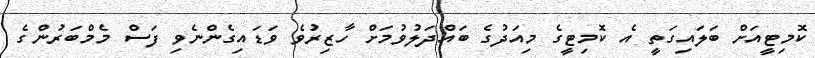
ކޮމިޓީއަށް ބަލައިގަތީ އެ ކޮމިޓީގެ މިއަދުގެ ބައްދަލުވުމަށް ހާޒިރުވެ ވަޑައިގެންނެވި ފަސް މެމްބަރުންގެ